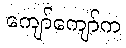
ကျော်ကျော်က